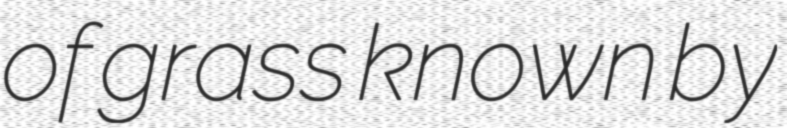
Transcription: of grass known by